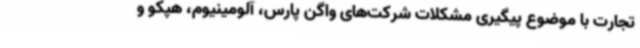
تجارت با موضوع پیگیری مشکلات شرکت‌های واگن پارس، آلومینیوم، هپکو و